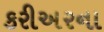
કરીઅરના